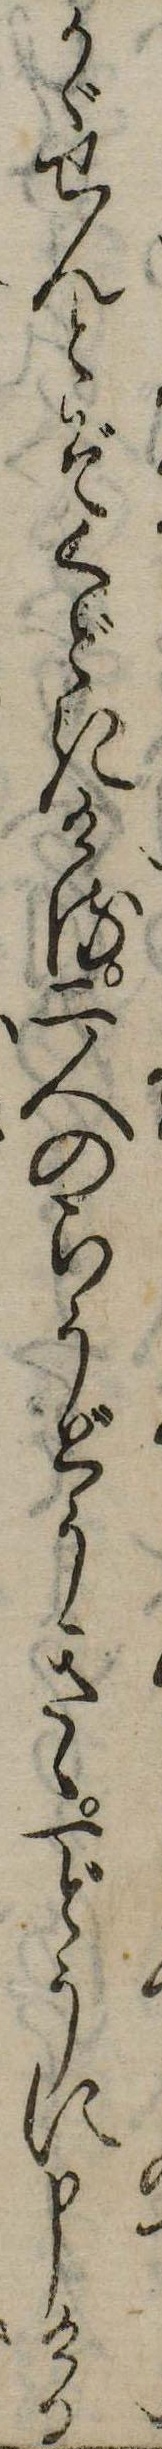
かゞせんとぞくどきける二人のらうどうきゝ一どうに申ける